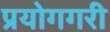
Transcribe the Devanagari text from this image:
प्रयोगगरी